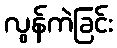
လွန်ကဲခြင်း